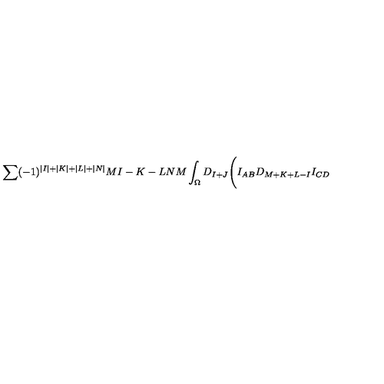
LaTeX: \sum ( - 1 ) ^ { \vert I \vert + \vert K \vert + \vert L \vert + \vert N \vert } { \binom { M } { I - K - L } } { \binom { N } { M } } \int _ { \Omega } D _ { I + J } \Biggl ( I _ { A B } D _ { M + K + L - I } I _ { C D }